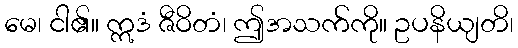
မေ၊ ငါ၏။ ဣဒံ ဇီဝိတံ၊ ဤအသက်ကို။ ဥပနိယျတိ၊